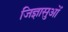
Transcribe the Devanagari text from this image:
जिज्ञासुओं